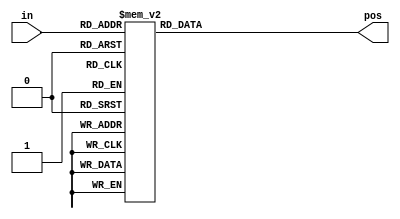
// synthesis verilog_input_version verilog_2001
module top_module (
    input [3:0] in,
    output reg [1:0] pos
);
    
    always @(*) begin
        case (in)
            4'b0000:
                pos = 2'b00;
            4'b0001, 4'b0011, 4'b0101, 4'b0111, 4'b1001, 4'b1011, 4'b1101, 4'b1111: 
                pos = 2'b00;
            4'b0010, 4'b0110, 4'b1010, 4'b1110:
                pos = 2'b01;
            4'b0100, 4'b1100:
                pos = 2'b10;
            4'b1000:
                pos = 2'b11;
            default:
                pos = 2'b00;
        endcase
    end

endmodule